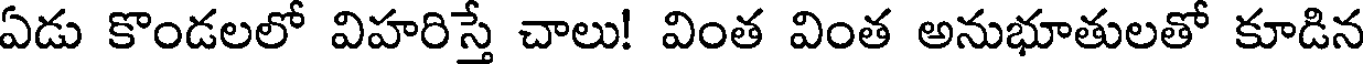
ఏడు కొండలలో విహరిస్తే చాలు! వింత వింత అనుభూతులతో కూడిన